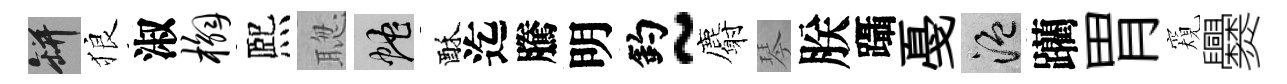
瓶狼淑槲熈聦蛇酥迄騰明釣~麝琴朕躡戞温躪胃窺爨